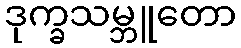
ဒုက္ခသမ္ဘူတော